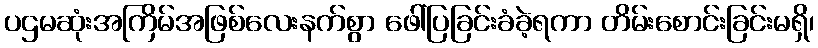
ပဌမဆုံးအကြိမ်အဖြစ်လေးနက်စွာ ဖေါ်ပြခြင်းခံခဲ့ရကာ တိမ်းစောင်းခြင်းမရှိ၊